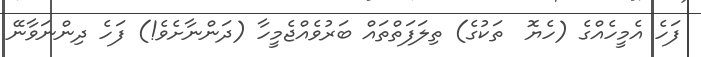
ފަހެ އެމީހެއްގެ (ހެޔޮ  ތަކުގެ) ތިލަފަތްތައް ބަރުވެއްޖެމީހާ (ދަންނާށެވެ!) ފަހެ ދިންނަވާނޭ